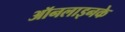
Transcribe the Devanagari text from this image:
ऑनलाइनके